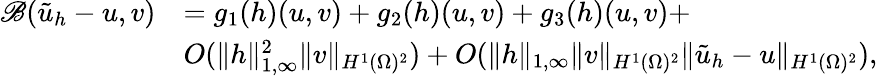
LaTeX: \begin{array}{rl}{\mathscr{B}(\tilde{u}_{h}-u,v)}&{=g_{1}(h)(u,v)+g_{2}(h)(u,v)+g_{3}(h)(u,v)+}\\ &{O(\| h\| _{1,\infty}^{2}\| v\| _{H^{1}(\Omega)^{2}})+O(\| h\| _{1,\infty}\| v\| _{H^{1}(\Omega)^{2}}\| \tilde{u}_{h}-u\| _{H^{1}(\Omega)^{2}}),}\end{array}